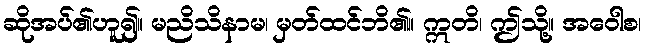
ဆိုအပ်၏ဟူ၍။ မညိသိနာမ၊ မှတ်ထင်ဘိ၏။ ဣတိ၊ ဤသို့။ အဝေါစ၊